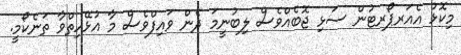
މިކޮޅު އެއަރޕޯރޓުން ސަޅި ޖޮބެއްވެސް ލިބުނީމަ ދެން ވައިފްވެސް މާ އުޅޭހިތްވާ ތަނެކޯމީ.